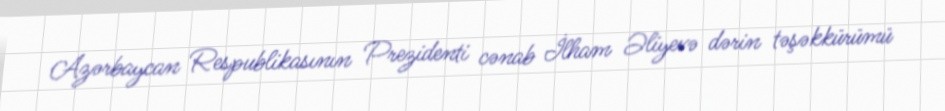
Azərbaycan Respublikasının Prezidenti cənab İlham Əliyevə dərin təşəkkürümü